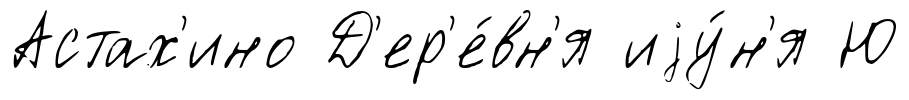
Астах'ино Д'ер'е́вн'я иjу́н'я Ю